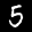
Label: 5